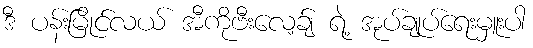
ဒီ ပန်းမြိုင်လယ် အီကိုဗီးလေ့ခ်ျ ရဲ့ အုပ်ချုပ်ရေးမှူးပါ